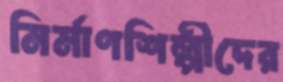
নির্মাণশিল্পীদের